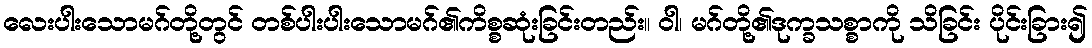
လေးပါးသောမဂ်တို့တွင် တစ်ပါးပါးသောမဂ်၏ကိစ္စဆုံးခြင်းတည်း။ ဝါ၊ မဂ်တို့၏ဒုက္ခသစ္စာကို သိခြင်း ပိုင်းခြား၍